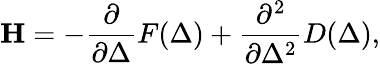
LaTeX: \mathbf{H}=-\frac{\partial}{\partial\Delta}F(\Delta)+\frac{\partial^{2}}{\partial\Delta^{2}}D(\Delta),